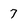
Character: 7